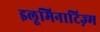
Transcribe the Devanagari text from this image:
इलूमिनाटिज़्म